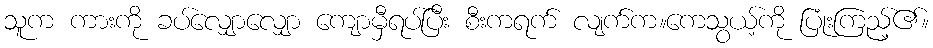
သူက ကားကို ခပ်လျှောလျှော ကျောမှီရပ်ပြီး စီးကရက် လျက်က။ကေသွယ့်ကို ပြုံးကြည့်၏။